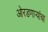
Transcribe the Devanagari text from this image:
ओरडणार्‍यांचा